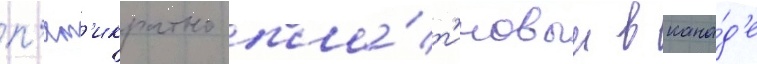
п'ят'икратно пла́т'иновым в кана́д'е